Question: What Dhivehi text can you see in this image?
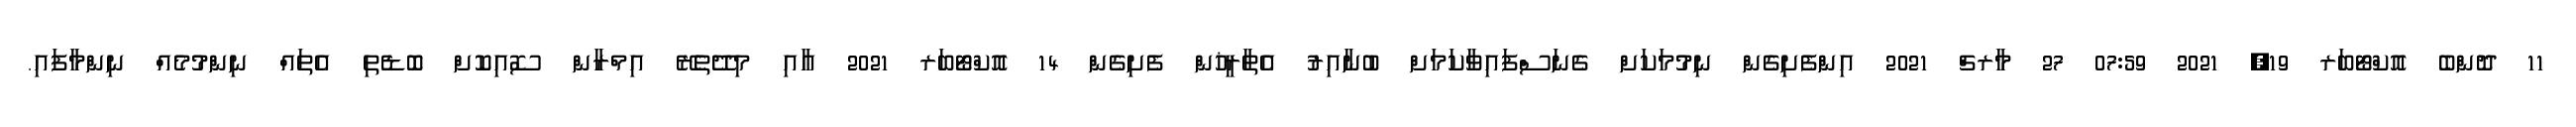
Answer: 11 ދޮންބެ އޮކްޓޯބަރ 19, 2021 07:59 27 މާރޗް 2021 އިންފެށިގެން ނިމުމަކަށް ގެނަސްފައިވާކަމަށް ބުނާއިރު އެތާރީޚުން ފެށިގެން 14 އޮކްޓޯބަރ 2021 އާއި މިދޭތެރޭ އިމްރާން ސޮއިކޮށް ބޮޑެތި އެތައް ނިންމުމެއް ނިންމާފައި.